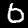
Label: 6